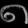
Digit: ၈